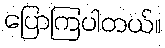
ပြောကြပါတယ်။